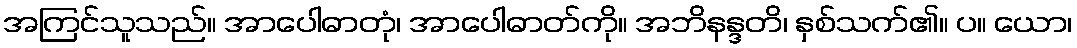
အကြင်သူသည်။ အာပေါဓာတုံ၊ အာပေါဓာတ်ကို။ အဘိနန္ဒတိ၊ နှစ်သက်၏။ ပ။ ယော၊